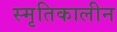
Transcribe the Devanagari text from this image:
स्मृतिकालीन